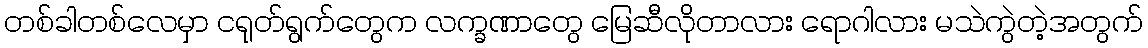
တစ်ခါတစ်လေမှာ ငရုတ်ရွက်တွေက လက္ခဏာတွေ မြေဆီလိုတာလား ရောဂါလား မသဲကွဲတဲ့အတွက်